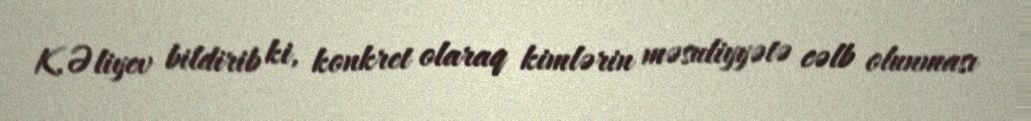
K.Əliyev bildirib ki, konkret olaraq kimlərin məsuliyyətə cəlb olunması